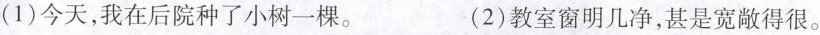
(1)今天，我在后院种了小树一棵。 (2)教室窗明几净，甚是宽敞得很。